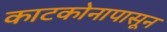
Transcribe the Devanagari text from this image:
काटकोनापासून